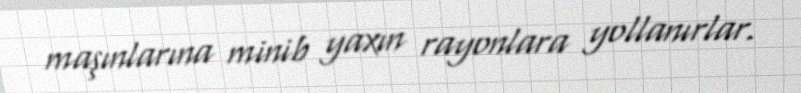
maşınlarına minib yaxın rayonlara yollanırlar.